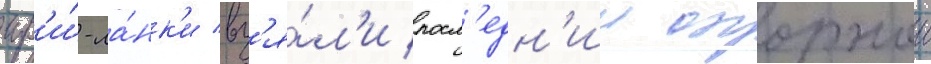
шр'и́-ла́нк'и вз'я́л'и посл'едн'ии опорныи